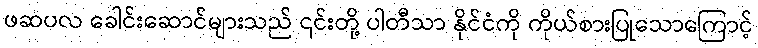
ဖဆပလ ခေါင်းဆောင်များသည် ၎င်းတို့ ပါတီသာ နိုင်ငံကို ကိုယ်စားပြုသောကြောင့်